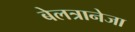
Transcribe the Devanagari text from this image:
बेलत्रानेजा